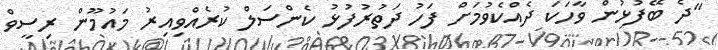
"ދެ ބޭފުޅުން ވާހަކަ ދެއްކެވުމަށް ފަހު ދަތުރުފުޅު ކެންސަލް ކުރެއްވިއިރު މައުމޫން ރިސީވް